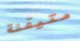
متيقنة